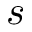
s